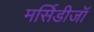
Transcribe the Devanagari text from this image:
मर्सिडीजॉ